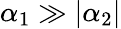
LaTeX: \alpha_{1}\gg|\alpha_{2}|